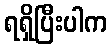
ရရှိပြီးပါက